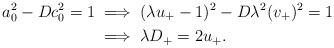
LaTeX: \begin{align*} a_0^2-Dc_0^2=1 & \implies (\lambda u_+ -1)^2 - D \lambda^2 (v_+)^2 = 1 \\ & \implies \lambda D_+ = 2u _+. \end{align*}